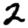
Digit: 2